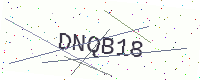
Text: DNQB18